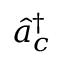
\hat { a } _ { c } ^ { \dagger }